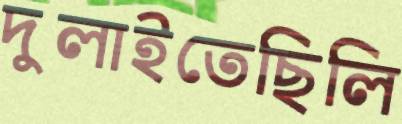
দুলাইতেছিলি